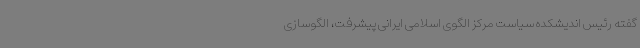
گفته رئیس اندیشکده سیاست مرکز الگوی اسلامی ایرانی پیشرفت، الگوسازی